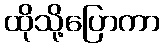
ထိုသို့ပြောကာ